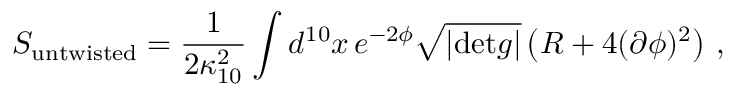
S _ { \mathrm { u n t w i s t e d } } = \frac { 1 } { 2 \kappa _ { 1 0 } ^ { 2 } } \int d ^ { 1 0 } x \, e ^ { - 2 \phi } \sqrt { | \mathrm { d e t } g | } \left( R + 4 ( \partial \phi ) ^ { 2 } \right) \, ,